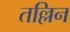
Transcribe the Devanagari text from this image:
तल्लिन